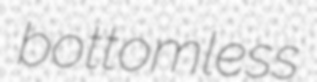
bottomless